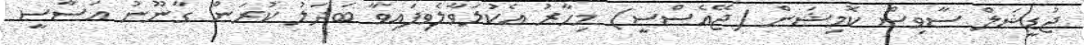
ޖުޑީޝަލް ސާވިސް ކޮމިޝަން (ޖޭއެސްސީ) މިހާރު އެކުލަވާލެވިފައިވާ ބަދަލު ކުރަން ގާނޫނު އަސާސީ